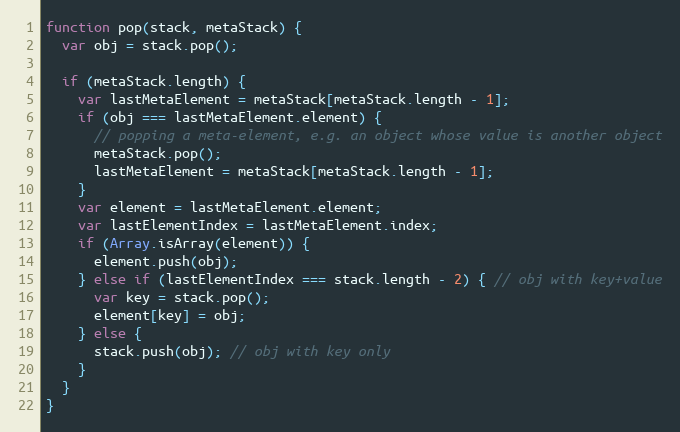
Language: JavaScript
function pop(stack, metaStack) {
  var obj = stack.pop();

  if (metaStack.length) {
    var lastMetaElement = metaStack[metaStack.length - 1];
    if (obj === lastMetaElement.element) {
      // popping a meta-element, e.g. an object whose value is another object
      metaStack.pop();
      lastMetaElement = metaStack[metaStack.length - 1];
    }
    var element = lastMetaElement.element;
    var lastElementIndex = lastMetaElement.index;
    if (Array.isArray(element)) {
      element.push(obj);
    } else if (lastElementIndex === stack.length - 2) { // obj with key+value
      var key = stack.pop();
      element[key] = obj;
    } else {
      stack.push(obj); // obj with key only
    }
  }
}